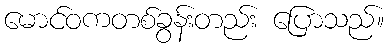
မောင်ဝကတစ်ခွန်းတည်း ပြောသည်။